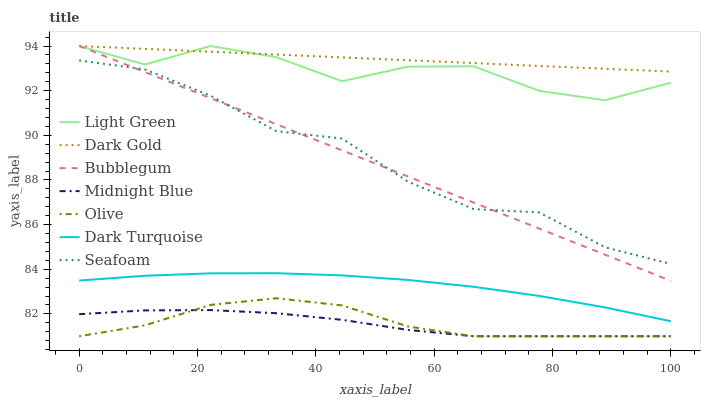
| xaxis_label | Light Green | Dark Gold | Bubblegum | Midnight Blue | Olive | Dark Turquoise | Seafoam |
 | --- | --- | --- | --- | --- | --- | --- | --- |
 | 0 | 94 | 94 | 94 | 82 | 81 | 83.5 | 93.4 |
 | 11.1 | 93.2 | 93.9 | 92.8 | 82.2 | 81.5 | 83.7 | 93 |
 | 22.2 | 94 | 93.7 | 91.7 | 82.2 | 82.4 | 83.8 | 91.8 |
 | 33.3 | 93.5 | 93.6 | 90.5 | 82 | 82.7 | 83.8 | 90.2 |
 | 44.4 | 92.4 | 93.5 | 89.3 | 81.7 | 82.4 | 83.7 | 89.9 |
 | 55.6 | 93.1 | 93.4 | 88.2 | 81.3 | 81.4 | 83.5 | 87.9 |
 | 66.7 | 93.1 | 93.2 | 87 | 81 | 81 | 83.2 | 86.7 |
 | 77.8 | 92 | 93.1 | 85.8 | 81 | 81 | 82.8 | 86.5 |
 | 88.9 | 91.6 | 93 | 84.7 | 81 | 81 | 82.3 | 85 |
 | 100 | 92.4 | 92.9 | 83.5 | 81 | 81 | 81.7 | 84.2 |